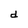
Character: d